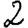
Digit: 2